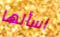
اسألها